画像に写った文字を読んでください
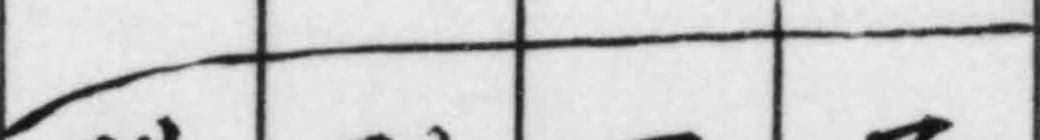
「(」と書いてあります